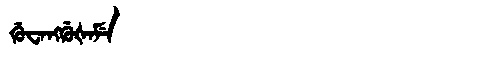
Manchu: ᡤᡠᠸᠠᠩᡤᡠᡧᠠᠮᡝ
Romanization: GUWANGGUŠAME